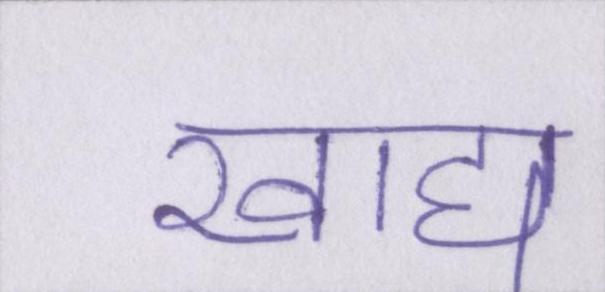
खाद्य